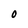
Character: O